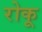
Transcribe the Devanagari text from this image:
रोकू